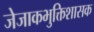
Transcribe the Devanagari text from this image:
जेजाकभुक्तिशासक